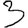
Digit: 3